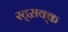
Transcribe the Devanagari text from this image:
स्ट्ऱाक्क्